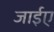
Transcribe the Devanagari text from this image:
जाईए